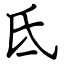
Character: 氐